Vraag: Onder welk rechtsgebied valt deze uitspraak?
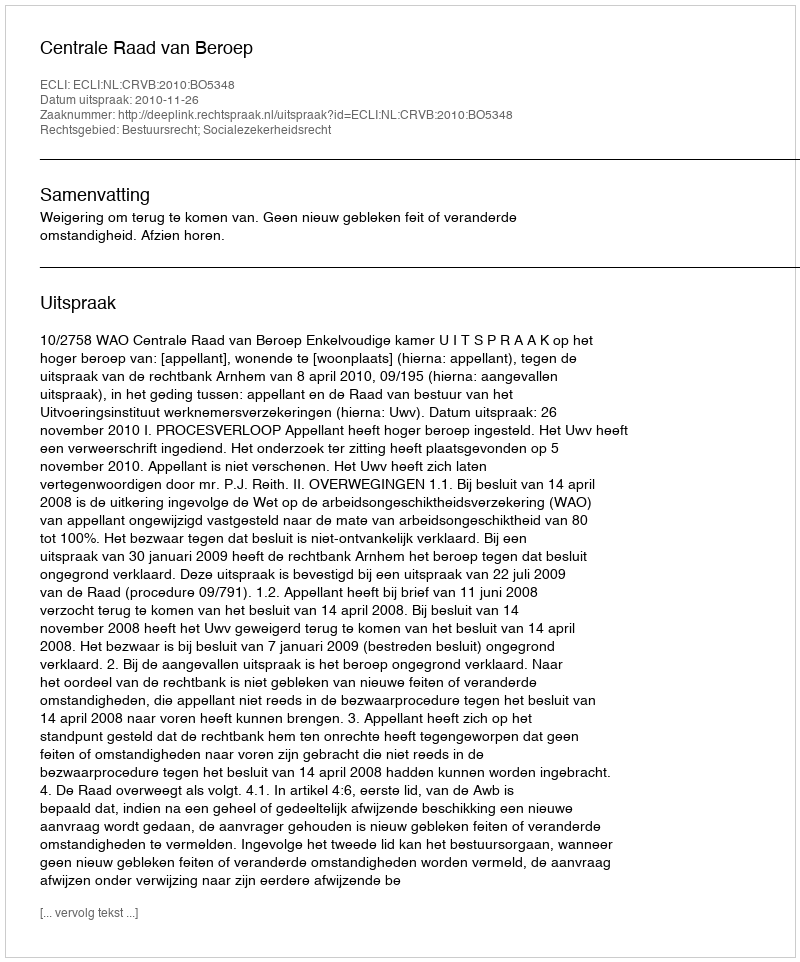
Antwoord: Bestuursrecht; Socialezekerheidsrecht